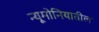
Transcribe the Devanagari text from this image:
न्यूमोनियातील